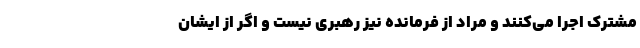
مشترک اجرا می‌کنند و مراد از فرمانده نیز رهبری نیست و اگر از ایشان